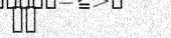
٣٨